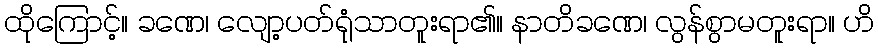
ထိုကြောင့်။ ခဏေ၊ လျော့ပတ်ရုံသာတူးရာ၏။ နာတိခဏေ၊ လွန်စွာမတူးရာ။ ဟိ